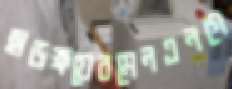
হাড়ক্ষয়েরমেনএনগে